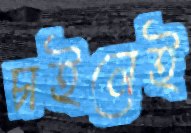
চাইলেই